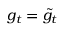
g _ { t } = { \widetilde { g } } _ { t }